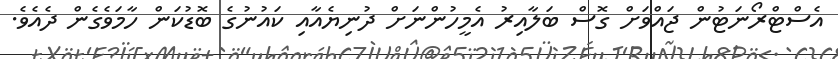
އެސްޓްރޯނަޓުން ޖައްވަށް ގޮސް ބަލާއިރު އެމީހުންނަށް ދުނިޔެއާއި ކައުނުގެ ބޮޑުކަން ހާމަވެގެން ދެއެވެ.